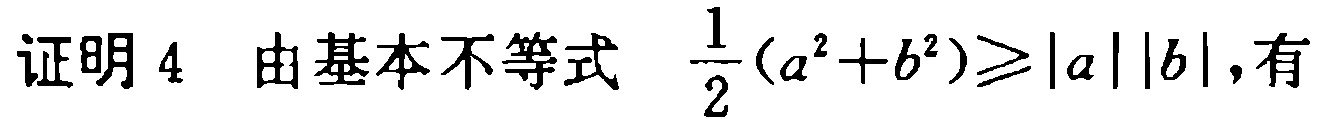
证明 4  由基本不等式 $\frac{1}{2}(a^{2}+b^{2})\geqslant|a||b|$,有